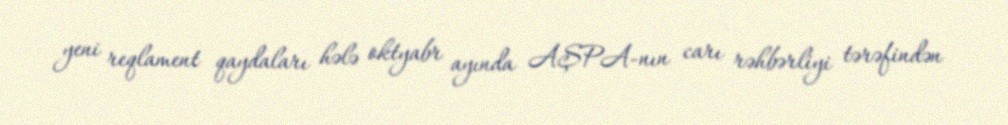
yeni reqlament qaydaları hələ oktyabr ayında AŞPA-nın carı rəhbərliyi tərəfindən